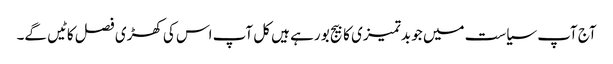
آج آپ سیاست میں جو بدتمیزی کا بیج بو رہے ہیں کل آپ اس کی کھڑی فصل کاٹیں گے۔